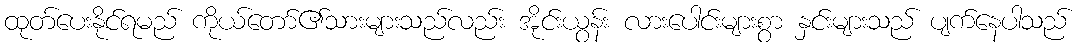
ထုတ်ပေးနိုင်ရမည် ကိုယ်တော်၏သားများသည်လည်း အိုင်းယွန်း လားပေါင်းများစွာ နှင်းများသည် ပျက်နေပါသည်